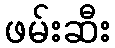
ဖမ်းဆီး